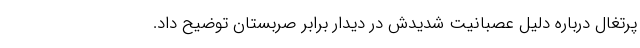
پرتغال درباره دلیل عصبانیت شدیدش در دیدار برابر صربستان توضیح داد.